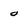
Character: 0